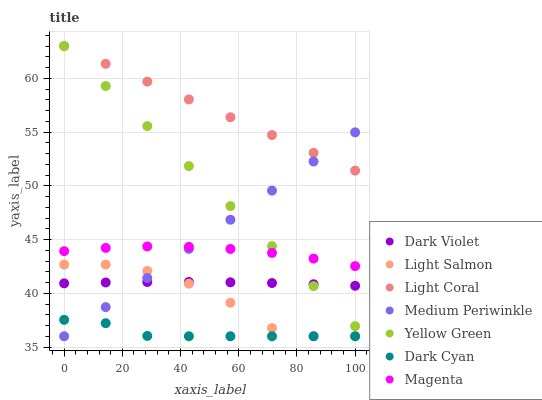
| xaxis_label | Dark Violet | Light Salmon | Light Coral | Medium Periwinkle | Yellow Green | Dark Cyan | Magenta |
 | --- | --- | --- | --- | --- | --- | --- | --- |
 | 0 | 40.9 | 42.7 | 63 | 36 | 63 | 37.5 | 43.9 |
 | 14.3 | 41 | 42.7 | 61.3 | 38.7 | 59.3 | 37.2 | 44.2 |
 | 28.6 | 41 | 42.1 | 59.7 | 41.4 | 55.6 | 36 | 44.4 |
 | 42.9 | 41.1 | 40.9 | 58 | 44.1 | 51.8 | 36 | 44.3 |
 | 57.1 | 41 | 39.1 | 56.4 | 46.8 | 48.1 | 36 | 44.1 |
 | 71.4 | 40.9 | 36.8 | 54.7 | 49.5 | 44.4 | 36 | 43.8 |
 | 85.7 | 40.8 | 36 | 53.1 | 52.3 | 40.7 | 36 | 43.2 |
 | 100 | 40.7 | 36 | 51.4 | 55 | 36.9 | 36 | 42.5 |